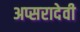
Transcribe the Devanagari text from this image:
अप्सरादेवी